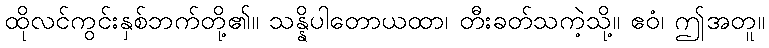
ထိုလင်ကွင်းနှစ်ဘက်တို့၏။ သန္နိပါတောယထာ၊ တီးခတ်သကဲ့သို့။ ဧဝံ၊ ဤအတူ။